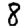
Digit: 8